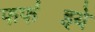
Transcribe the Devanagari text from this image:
फफ॑इये